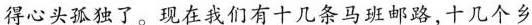
得心头孤独了。现在我们有十几条马班邮路，十几个乡